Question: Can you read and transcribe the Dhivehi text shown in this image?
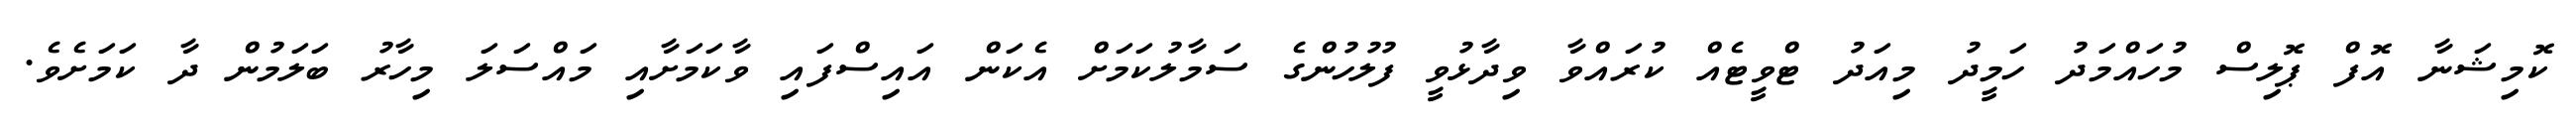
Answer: ކޮމިޝަނާ އޮފް ޕޮލިސް މުހައްމަދު ހަމީދު މިއަދު ޓްވީޓެއް ކުރައްވާ ވިދާޅުވީ ފުލުހުންގެ ސަމާލުކަމަށް އެކަން އައިސްފައި ވާކަމަށާއި މައްސަލަ މިހާރު ބަލަމުން ދާ ކަމަށެވެ.